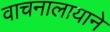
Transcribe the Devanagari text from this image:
वाचनालायाने